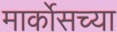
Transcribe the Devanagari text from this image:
मार्कोसच्या